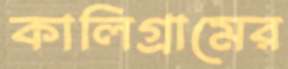
কালিগ্রামের